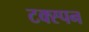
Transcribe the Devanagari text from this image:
टक्स्पन